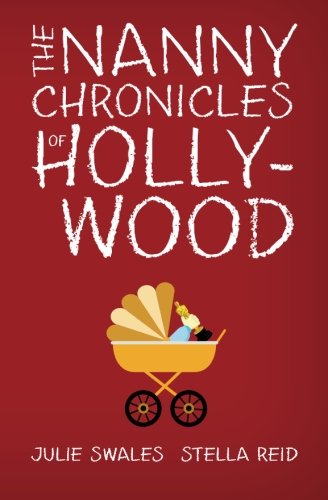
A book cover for The Nanny Chronicles of Hollywood; Julie Swales; Parenting & Relationships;